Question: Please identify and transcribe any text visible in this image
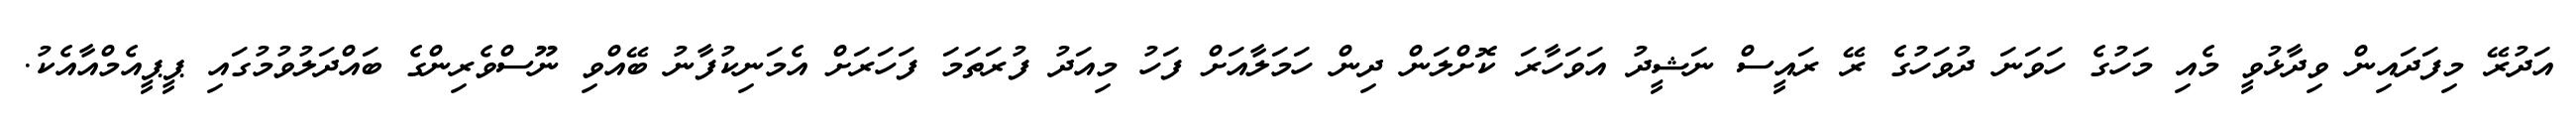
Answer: އަދުރޭ މިފަދައިން ވިދާޅުވީ މެއި މަހުގެ ހަވަނަ ދުވަހުގެ ރޭ ރައީސް ނަޝީދު އަވަހާރަ ކޮށްލަން ދިން ހަމަލާއަށް ފަހު މިއަދު ފުރަތަމަ ފަހަރަށް އެމަނިކުފާނު ބޭއްވި ނޫސްވެރިންގެ ބައްދަލުވުމުގައި ޕީޕީއެމްއާއެކު.